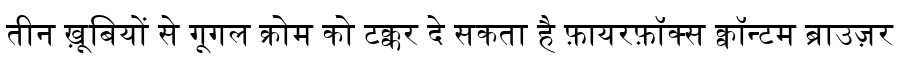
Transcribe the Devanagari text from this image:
तीन ख़ूबियों से गूगल क्रोम को टक्कर दे सकता है फ़ायरफ़ॉक्स क्वॉन्टम ब्राउज़र